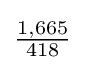
{\tfrac {1,665}{418}}